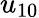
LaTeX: u_{10}